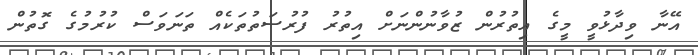
އޭނާ ވިދާޅުވީ މީގެ އިތުރުން ޒުވާނުންނަށް އިތުރު ފުރުސަތުތަކެއް ތަނަވަސް ކުރުމުގެ ގޮތުން